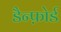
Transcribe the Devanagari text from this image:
डैन्फ़ोर्ड